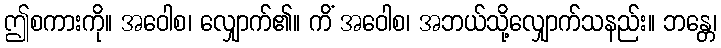
ဤစကားကို။ အဝေါစ၊ လျှောက်၏။ ကိံ အဝေါစ၊ အဘယ်သို့လျှောက်သနည်း။ ဘန္တေ၊